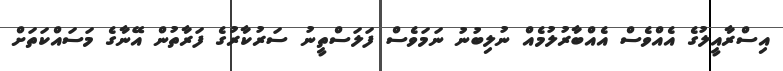
އިސްރާއީލުގެ އެއްވެސް އެއްބާރުލުމެއް ނުލިބުނު ނަމަވެސް ފަލަސްތީނު ސަރުކާރުގެ ފަރާތުން އޭނާގެ މަސައްކަތަށް